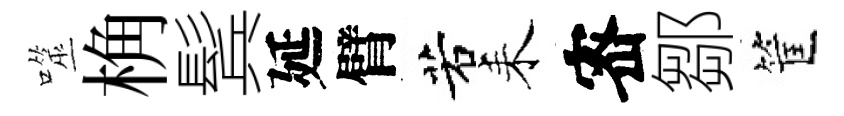
噬桷鬂延臂若耒宻鄒筐